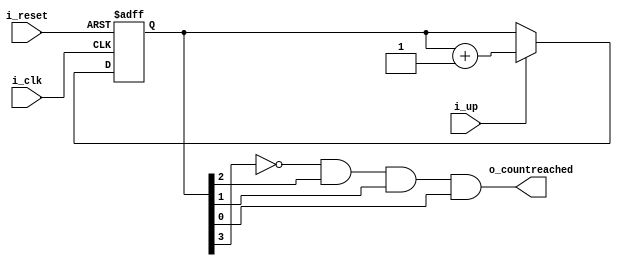
 
  module counter_tx(i_reset,i_clk,i_up,
                    o_countreached);
					
	input i_clk,i_reset,i_up;
    output o_countreached;	
					
     reg [3:0]  count;
	 assign o_countreached = !count[3]&(count[2])&(count[1])&(count[0]);   //8 - 1000
	 always@(posedge i_clk, posedge i_reset)  //for counter module ,reset is active high
	   begin
	      if(i_reset)
	         count <= 4'b0000;
	      else if(i_up)
	         count <= count + 1'b1;			
		end
   endmodule